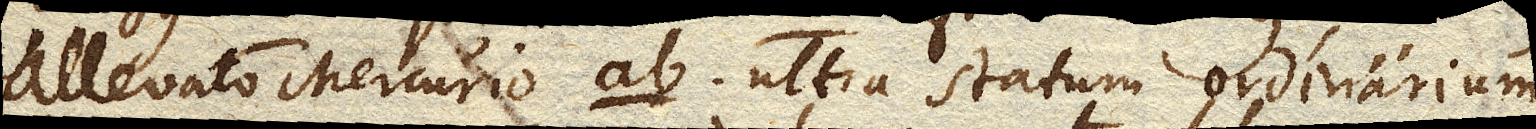
allevato Mercurio ab ultra statum ordinarium